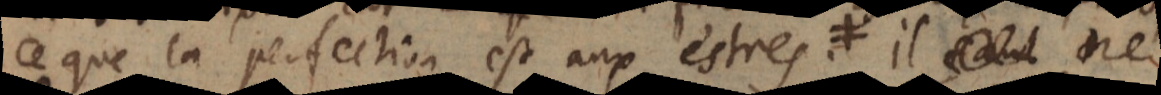
ce que la perfection est aux estres. Et si